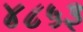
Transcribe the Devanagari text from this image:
४८५३